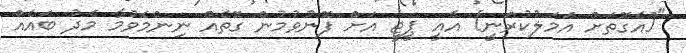
"[އެގޮތަށް އަމަލުކުރަނީ] އެއީ ޕީޖީ އަށް ފޮނުވުމުން ގޮތެއް ނިންމެވުމާ މެދު ބައެއް